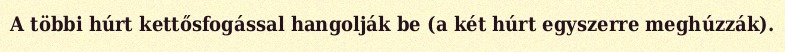
A többi húrt kettősfogással hangolják be (a két húrt egyszerre meghúzzák).